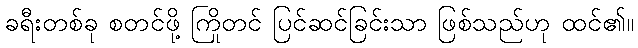
ခရီးတစ်ခု စတင်ဖို့ ကြိုတင် ပြင်ဆင်ခြင်းသာ ဖြစ်သည်ဟု ထင်၏။